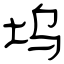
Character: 坞